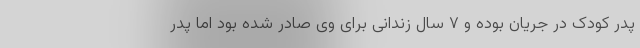
پدر کودک در جریان بوده و ۷ سال زندانی برای وی صادر شده بود اما پدر